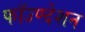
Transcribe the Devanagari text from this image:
फॉउण्देशन